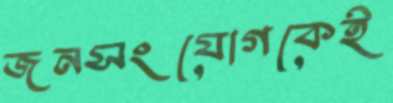
জনসংযোগকেই